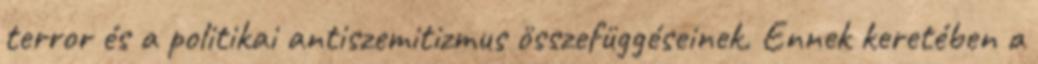
terror és a politikai antiszemitizmus összefüggéseinek. Ennek keretében a